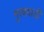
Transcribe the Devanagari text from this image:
गुरववाडी